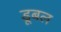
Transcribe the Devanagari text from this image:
डूबल